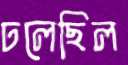
ঢলেছিল